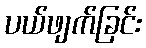
ပယ်ဖျက်ခြင်း